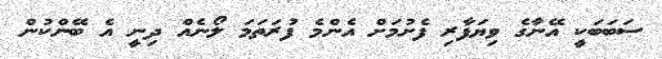
ސަބަބަކީ އޭނާގެ ވިޔަފާރި ފެށުމަށް އެންމެ ފުރަތަމަ ލޯނެއް ދިނީ އެ ބޭންކުން